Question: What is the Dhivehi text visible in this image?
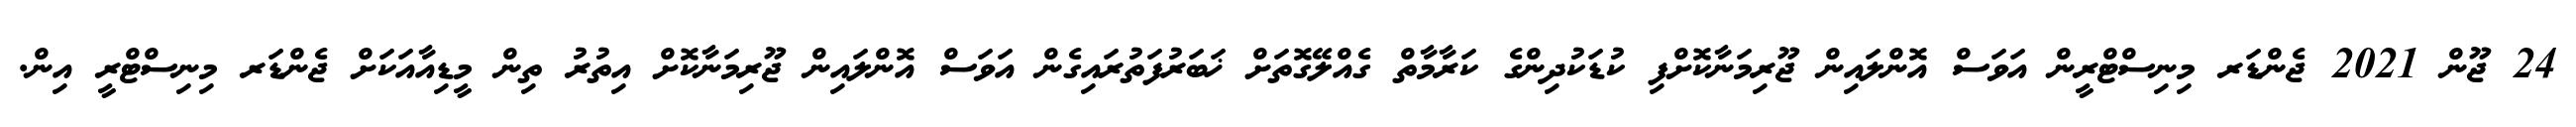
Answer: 24 ޖޫން 2021 ޖެންޑަރ މިނިސްޓްރީން އަވަސް އޮންލައިން ޖޫރިމަނާކޮށްފި ކުޑަކުދިންގެ ކަރާމާތް ގެއްލޭގޮތަށް ޚަބަރުފަތުރައިގެން އަވަސް އޮންލައިން ޖޫރިމަނާކޮށް އިތުރު ތިން މީޑިއާއަކަށް ޖެންޑަރ މިނިސްޓްރީ އިން.